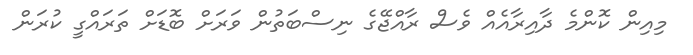
މިއިން ކޮންމެ ދާއިރާއެއް ވެސް ރާއްޖޭގެ ނިސްބަތުން ވަރަށް ބޮޑަށް ތަރައްގީ ކުރަން